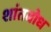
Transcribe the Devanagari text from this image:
शांतबोध